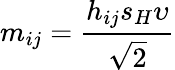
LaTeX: m_{ij}=\frac{h_{ij}s_{H}\upsilon}{\sqrt{2}}